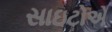
સાઇટોએ